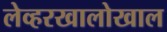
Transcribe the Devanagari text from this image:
लेव्हरखालोखाल